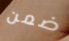
ضمن